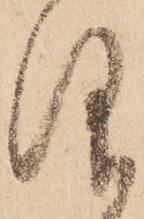
仰